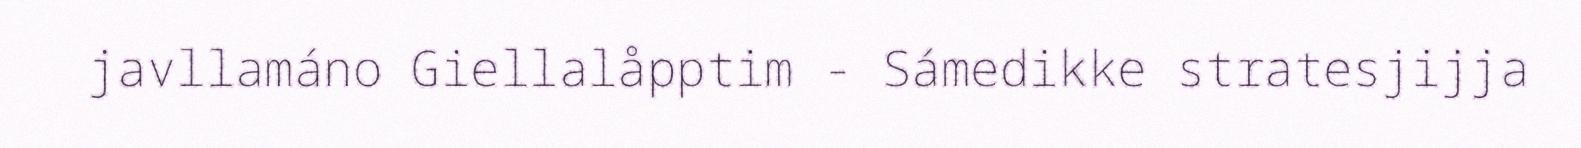
javllamáno Giellalåpptim - Sámedikke stratesjijja